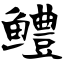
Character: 鳢